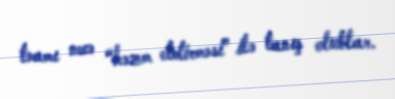
təamı necə “həzm etdirməsi” ilə tanış olublar.